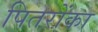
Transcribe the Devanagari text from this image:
पितरोंका